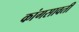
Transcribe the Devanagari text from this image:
कांगसावती